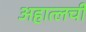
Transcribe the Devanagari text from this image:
अहात्लची